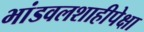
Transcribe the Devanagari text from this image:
भांडवलशाहीपेक्षा